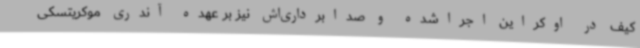
کیف در اوکراین اجراشده و صدابرداری‌اش نیز بر عهده آندری موکریتسکی